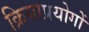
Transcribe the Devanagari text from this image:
क्रियाप्रयोगों